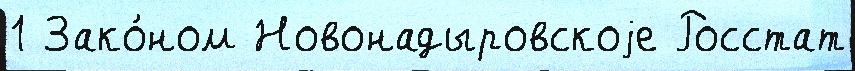
1 Зако́ном Новонадыровскоjе Росстат